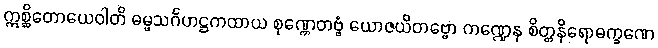
ဣစ္ဆိတောယေဝါတိ ဓမ္မသင်္ဂဟဋ္ဌကထာယ စုဏ္ဏေတဗ္ဗံ ယောဇယိတဗ္ဗော ကဏ္ဍေန စိတ္တနိရောဓက္ခဏေ